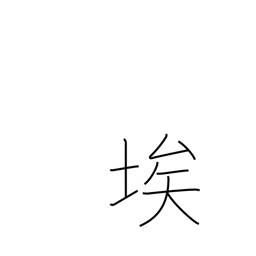
Meaning: dust